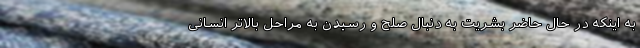
به اینکه در حال حاضر بشریت به دنبال صلح و رسیدن به مراحل بالاتر انسانی